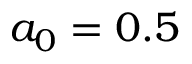
a _ { 0 } = 0 . 5